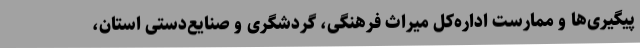
پیگیری‌ها و ممارست اداره‌کل میراث فرهنگی، گردشگری و صنایع‌دستی استان،